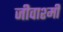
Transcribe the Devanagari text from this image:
जीवाश्मी